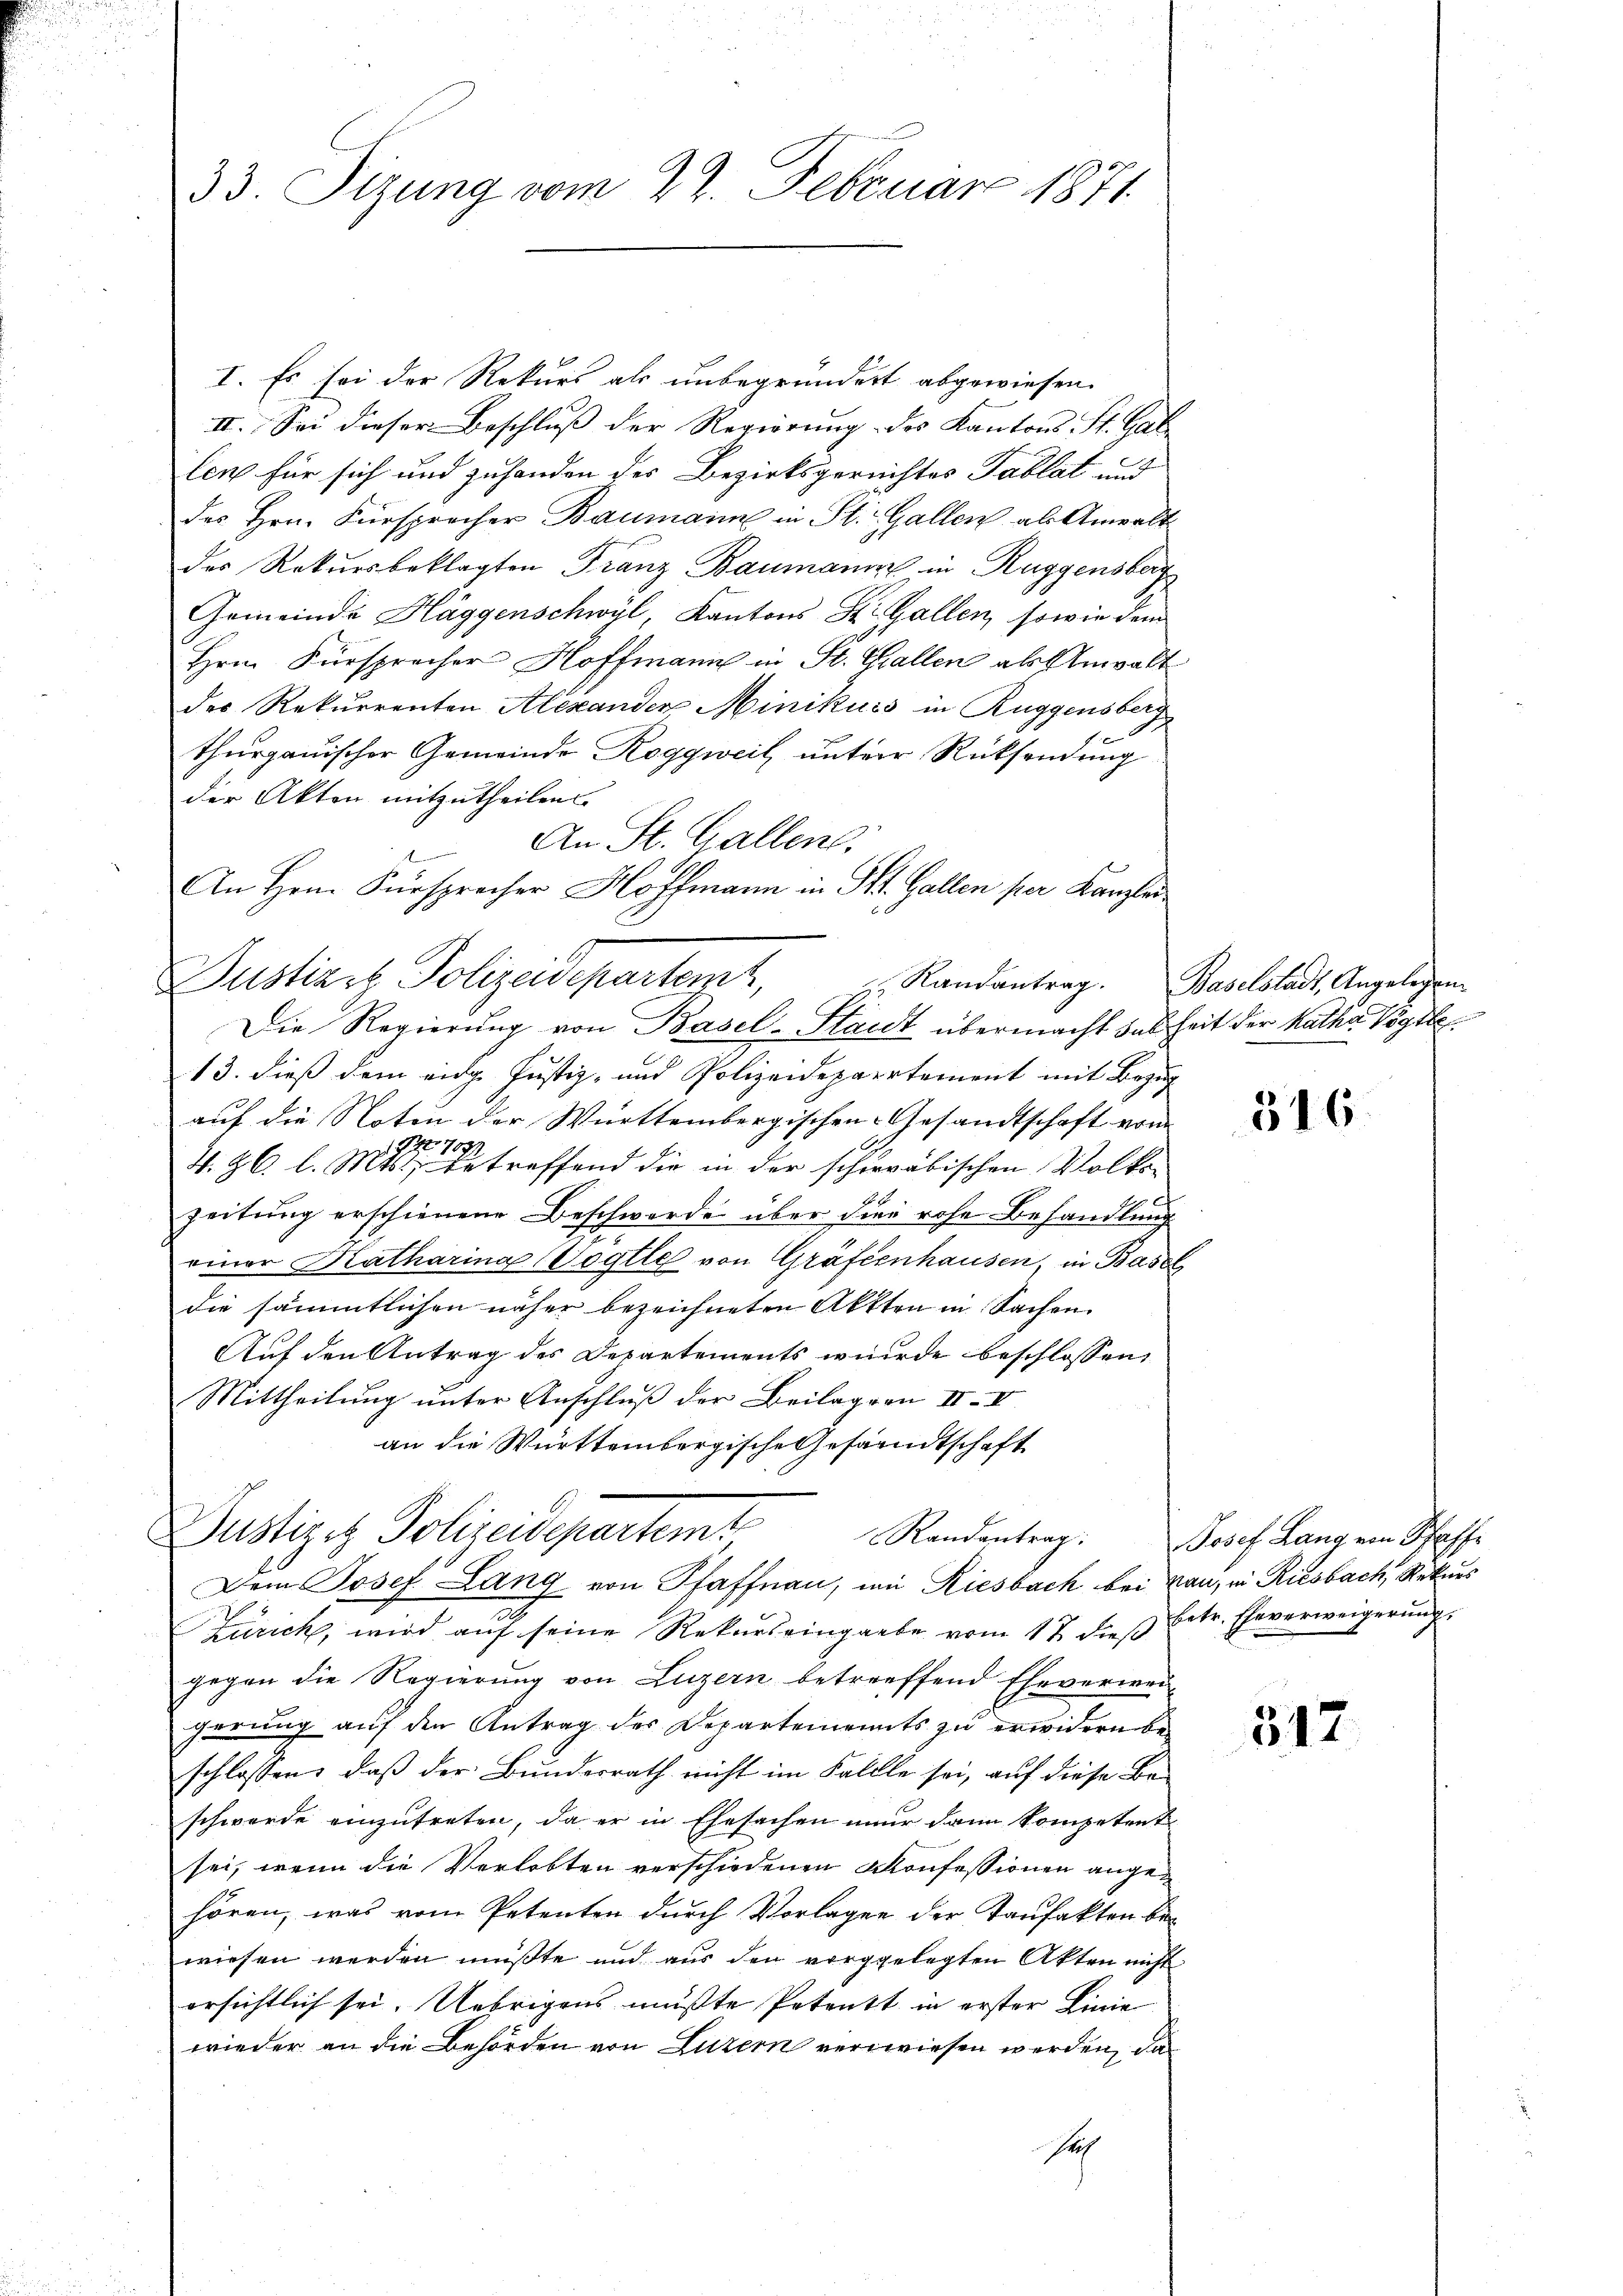
33 Sizung vom 22. Februar 1871

I. Es sei der Rekurs als unbegründert abgewiesen.
II. Sei dieser Beschluß der Regierung des Kantons St. Gal-
len für sich und zuhanden der Bezirksgerichtes Tablat und
des Hrn. Fürsprecher Baumann in St. Gallen als Anwalt
des Rekursbeklagten Franz Baumann in Ruggensberg
Gemeinde Häggenschwyl, Kantons St. Gallen, sowie dem
Hrn. Fürspracher Hoffmann in St. Gallen als Anwalt
des Rekurrenten Alexanden Minikus in Ruggensberg
thurgauischer Gemeinde Roggweil unter Rücksendung
der Akten mitzutheilen.
An St. Gallen.
An Hrn. Fürsprecher Hoffmann in St. Gallen per Kanzlei
Die Regierung von Basel-Stadt übermacht das Zeit der Katha Vögtle¬
13. dieß dem eidg. Justiz- und Polizeidepartement mit Bezug
auf die Noten der Württembergischen Gesandtschaft vom
17
7
4. Zl. l. Mts., betreffend die in der schwäbischen Volken
Nro 18
zeitung erschienene Beschwerde über die rohe Behandlung
einer Katharina (Vogtle von Gräfeenhausen, in Basel
die sämmtlichen näher bezeichneten Akten in Sachen
Auf den Antrag des Departements wurde beschlossen,
Mittheilung unter Anschluß der Beilagen II. V
an die Württembergische Gesandtschaft
Justizit Polizeidepartemt Randentrag:
Dem Josef Lang von Pfaffnau, in Riesbach bei an, in Riesbach, Rekurs
u
Zürich, wird auf seine Rekurs eingabe vom 17. dieß betr. Eheverweigerung
gegen die Regierung von Luzern betreffend Eheverweigerung auf den Antrag des Departements zu erwidern beschlossen, daß der Bundesrath nicht im Fallle sei, auf diese Beschwerde einzutreten, da er in Ehesachen nur dann kompetent
sei, wenn die Verlobten verschiedenen Konfessionen angehören, was vom Petenten durch Vorlagen der Taufakten bewiesen werden müßte und aus den vorggelegten Akten nicht
ersichtlich sei. Uebrigens mußte Petentt in erster Linie
wieder an die Behörden von Luzern verwiesen werden, das
sich

Justizit Polizeidepartemt,

z. Randantrag. Baselstadt, Angelegen

316.

Josef Lang von Schaff¬

312